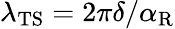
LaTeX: \lambda_{\mathrm{TS}}=2\pi\delta/\alpha_{\mathrm{R}}